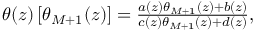
\begin{array} { r } { \theta ( z ) \left[ \theta _ { M + 1 } ( z ) \right] = \frac { a ( z ) \theta _ { M + 1 } ( z ) + b ( z ) } { c ( z ) \theta _ { M + 1 } ( z ) + d ( z ) } , } \end{array}